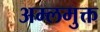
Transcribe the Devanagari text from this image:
अम्लमुक्त